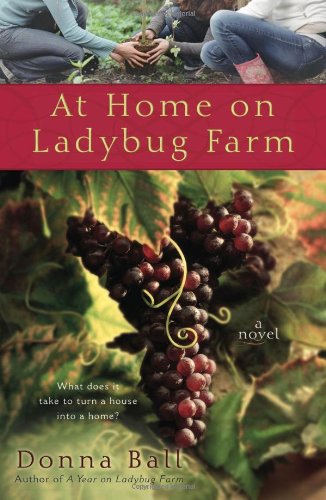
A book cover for At Home on Ladybug Farm; Donna Ball; Literature & Fiction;